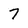
Character: 7